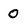
Character: O